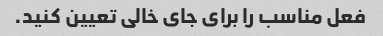
فعل مناسب را برای جای خالی تعیین کنید.